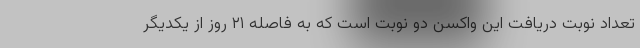
تعداد نوبت دریافت این واکسن دو نوبت است که به فاصله ۲۱ روز از یکدیگر